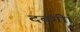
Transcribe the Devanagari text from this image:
दबंगी।